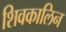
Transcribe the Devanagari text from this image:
शिवकालिन